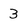
Character: 3